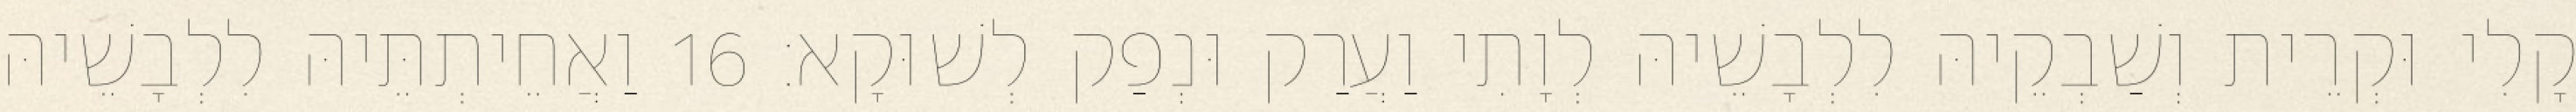
קָלִי וּקְרֵית וְשַׁבְקֵיהּ לִלְבָשֵׁיהּ לְוָתִי וַעֲרַק וּנְפַק לְשׁוּקָא׃ 16 וַאֲחֵיתְתֵּיהּ לִלְבָשֵׁיהּ